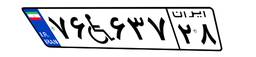
۰۱W۶۳۵۱۸